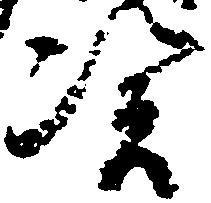
憑